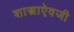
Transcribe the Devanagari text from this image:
शास्त्राऐवजी